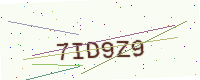
Text: 7ID9Z9